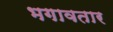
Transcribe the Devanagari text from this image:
भगावतार